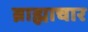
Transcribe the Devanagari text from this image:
ब्राह्माचार